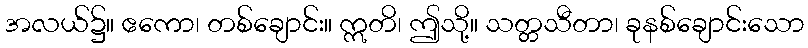
အလယ်၌။ ဧကော၊ တစ်ချောင်း။ ဣတိ၊ ဤသို့။ သတ္တသီတာ၊ ခုနစ်ချောင်းသော